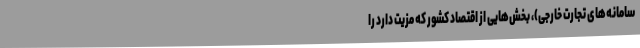
سامانه‌های تجارت خارجی)، بخش‌هایی از اقتصاد کشور که مزیت دارد را